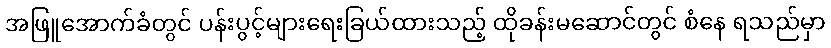
အဖြူအောက်ခံတွင် ပန်းပွင့်များရေးခြယ်ထားသည့် ထိုခန်းမဆောင်တွင် စံနေ ရသည်မှာ